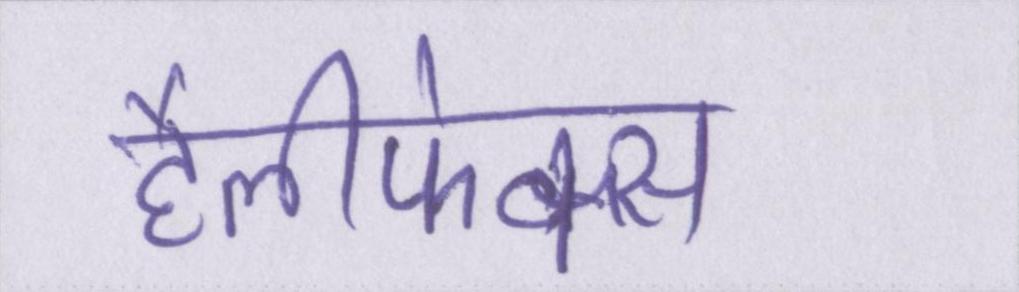
हैलीफेक्स